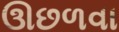
ઊછળવા